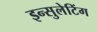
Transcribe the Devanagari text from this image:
इन्सुलेटिंग